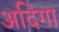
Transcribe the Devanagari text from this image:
अदिगा